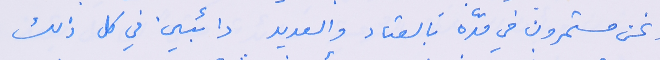
ونحن مستمرون في مدّه بالعتاد والعديد دائبين في كل ذلك